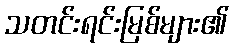
သတင်းရင်းမြစ်များ၏